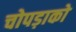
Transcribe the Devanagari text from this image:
चोपड़ाको